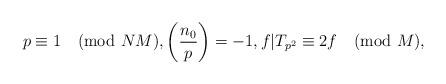
LaTeX: \begin{align*} p\equiv 1\pmod{NM}, \left(\frac{n_0}{p}\right)=-1, f|T_{p^2}\equiv 2f \pmod{M},\end{align*}